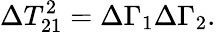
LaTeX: \Delta T_{21}^{2}=\Delta\Gamma_{1}\Delta\Gamma_{2}.